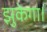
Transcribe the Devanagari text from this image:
झुकेगा।